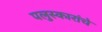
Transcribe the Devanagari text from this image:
पलुस्कारांचे